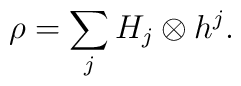
\rho=\sum_{j} H_{j} \otimes h^{j}.